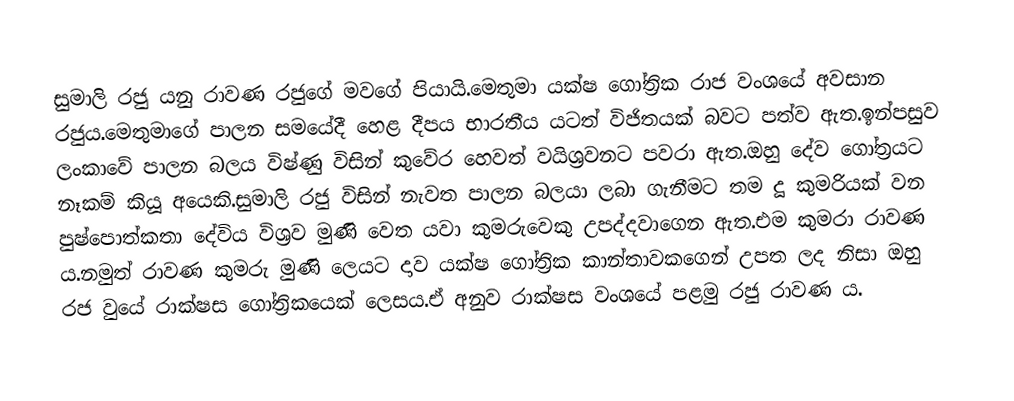
සුමාලි රජු යනු රාවණ රජුගේ මවගේ පියායි.මෙතුමා යක්ෂ ගෝත්‍රික රාජ වංශයේ අවසාන රජුය.මෙතුමාගේ පාලන සමයේදී හෙළ දීපය භාරතීය යටත් විජිතයක් බවට පත්ව ඇත.ඉන්පසුව ලංකාවේ පාලන බලය විෂ්ණු විසින් කුවේර හෙවත් වයිශ්‍රවනට පවරා ඇත.ඔහු දේව ගෝත්‍රයට නෑකම් කියූ අයෙකි.සුමාලි රජු විසින් නැවත පාලන බලයා ලබා ගැනීමට තම දූ කුමරියක් වන පුෂ්පොත්කතා දේවිය විශ්‍රව මුණි වෙත යවා කුමරුවෙකු උපද්දවාගෙන ඇත.එම කුමරා රාවණ ය.නමුත් රාවණ කුමරු මුණි ලෙයට දාව යක්ෂ ගෝත්‍රික කාන්තාවකගෙන්  උපත ලද නිසා ඔහු රජ වුයේ රාක්ෂස ගෝත්‍රිකයෙක් ලෙසය.ඒ අනුව රාක්ෂස වංශයේ පළමු රජු රාවණ ය.